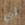
لي